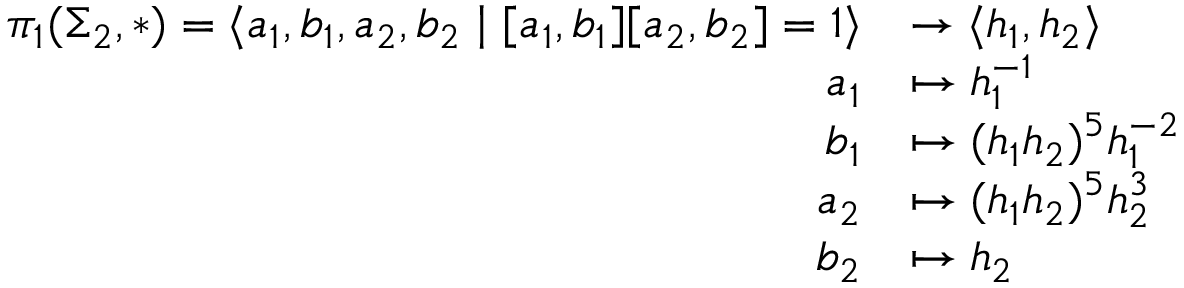
\begin{array} { r l } { \pi _ { 1 } ( \Sigma _ { 2 } , \ast ) = \langle a _ { 1 } , b _ { 1 } , a _ { 2 } , b _ { 2 } \mid [ a _ { 1 } , b _ { 1 } ] [ a _ { 2 } , b _ { 2 } ] = 1 \rangle } & { \rightarrow \langle h _ { 1 } , h _ { 2 } \rangle } \\ { a _ { 1 } } & { \mapsto h _ { 1 } ^ { - 1 } } \\ { b _ { 1 } } & { \mapsto ( h _ { 1 } h _ { 2 } ) ^ { 5 } h _ { 1 } ^ { - 2 } } \\ { a _ { 2 } } & { \mapsto ( h _ { 1 } h _ { 2 } ) ^ { 5 } h _ { 2 } ^ { 3 } } \\ { b _ { 2 } } & { \mapsto h _ { 2 } } \end{array}